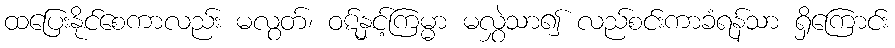
ထပြေးနိုင်စေကာလည်း မလွတ်၊ ဝဋ်နှင့်ကြမ္မာ မလွှဲသာ၍ လည်စင်းကာခံရန်သာ ရှိကြောင်း